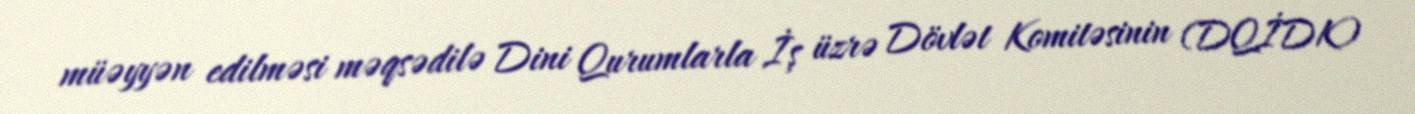
müəyyən edilməsi məqsədilə Dini Qurumlarla İş üzrə Dövlət Komitəsinin (DQİDK)